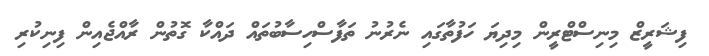
ފިޝަރީޒް މިނިސްޓްރީން މިދިޔަ ހަފުތާގައި ނެރުނު ތަފާސްހިސާބުތައް ދައްކާ ގޮތުން ރާއްޖެއިން ފިނިކުރި